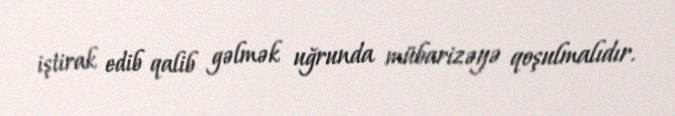
iştirak edib qalib gəlmək uğrunda mübarizəyə qoşulmalıdır.